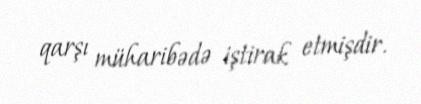
qarşı müharibədə iştirak etmişdir.